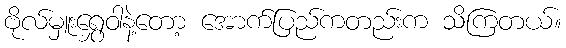
ဗိုလ်မှူးရွှေဝါနဲ့တော့ အောက်ပြည်ကတည်းက သိကြတယ်။